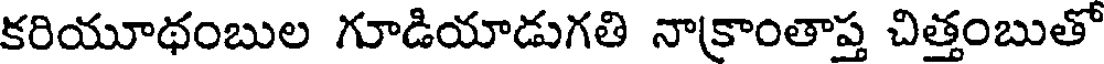
కరియూథంబుల గూడియాడుగతి నాక్రాంతాప్త చిత్తంబుతో